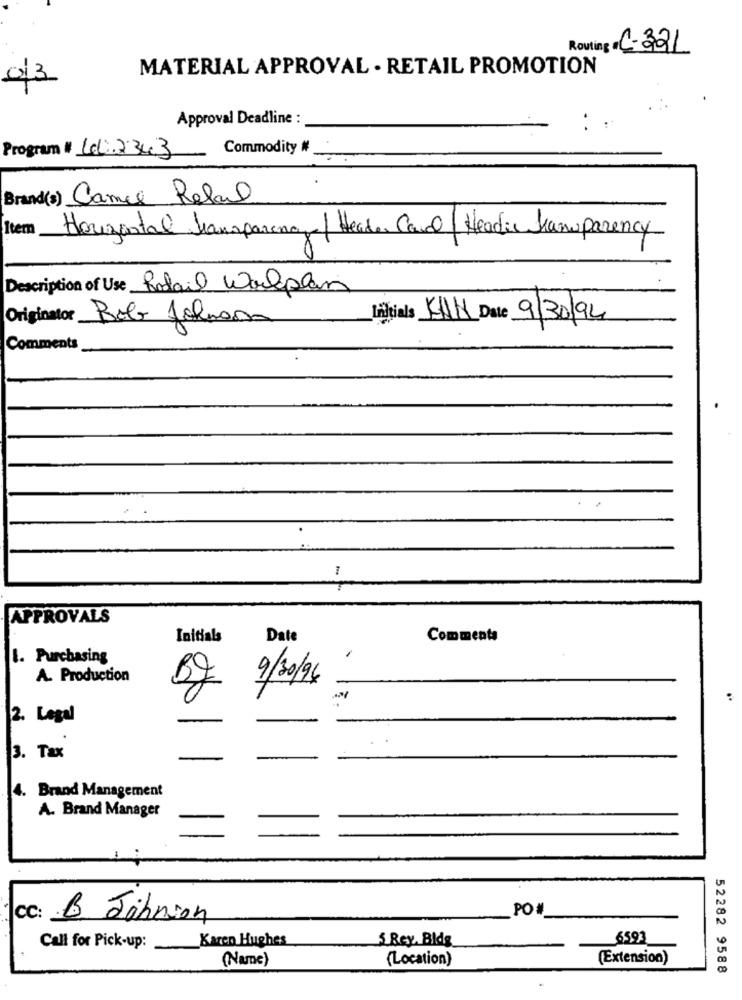
Routing # C-321
MATERIAL APPROVAL . RETAIL PROMOTION
0/3
Approval Deadline :
Commodity #
Program # 412343
-
Brand(s) Cance Relal
Item
Horizontal transparenar / Header Canal ( Headie transparency
Description of Use Ratail Workplan
Originator Bobo Jolnon
Initials KAN Date 9/30/94
Comments
APPROVALS
Initials
Date
Comments
1. Purchasing
A. Production
9/30/96
BJ
-
2. Lagal
3. Tax
4. Brand Management
A. Brand Manager
PO
CC: B Johnson
Karen Hughes
6593
Call for Pick-up:
5 Rey, Bldg
(Name)
(Location)
(Extension)
52282 9588